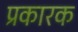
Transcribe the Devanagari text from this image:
प्रकारक